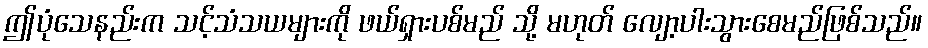
ဤပုံသေနည်းက သင့်သံသယများကို ဖယ်ရှားပစ်မည် သို့ မဟုတ် လျော့ပါးသွားစေမည်ဖြစ်သည်။